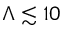
\Lambda \lesssim 1 0